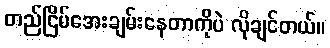
တည်ငြိမ်အေးချမ်းနေတာကိုပဲ လိုချင်တယ်။